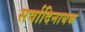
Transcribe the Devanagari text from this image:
सर्वादिनायक